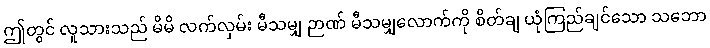
ဤတွင် လူသားသည် မိမိ လက်လှမ်း မီသမျှ ဉာဏ် မီသမျှလောက်ကို စိတ်ချ ယုံကြည်ချင်သော သဘော